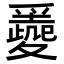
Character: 𡕼